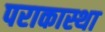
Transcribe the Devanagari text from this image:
पराकास्था